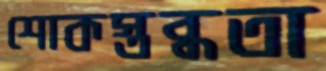
শোকস্তব্ধতা